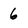
Character: 6